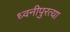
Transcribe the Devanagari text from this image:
ध्वनीपुरत्या